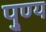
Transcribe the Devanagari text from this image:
पु्ण्य